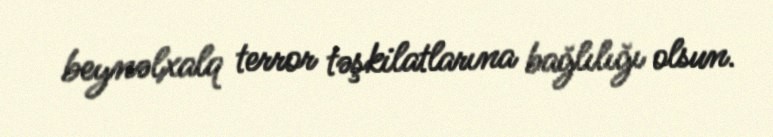
beynəlxalq terror təşkilatlarına bağlılığı olsun.